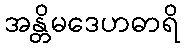
အန္တိမဒေဟဓာရိ